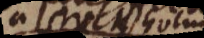
à stockholm